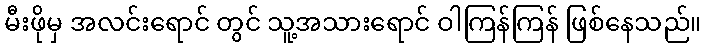
မီးဖိုမှ အလင်းရောင် တွင် သူ့အသားရောင် ဝါကြန်ကြန် ဖြစ်နေသည်။